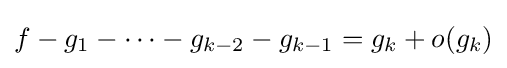
f-g_{1}-\cdots -g_{k-2}-g_{k-1}=g_{k}+o(g_{k})